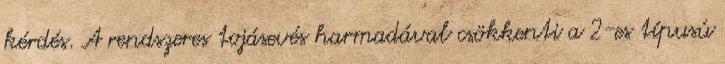
kérdés. A rendszeres tojásevés harmadával csökkenti a 2-es típusú